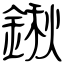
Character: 鍬